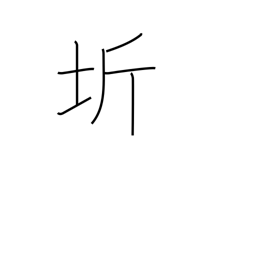
Meaning: region surrounding the capital